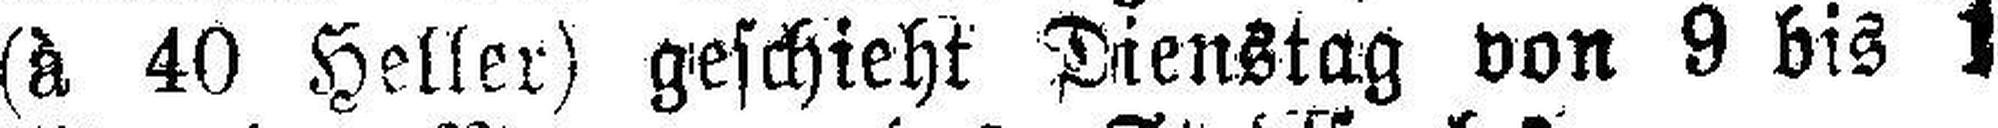
(à 40 Heller) geschieht Dienstag von 9 bis 1